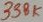
Text: 338K